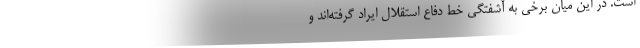
است. در این میان برخی به آشفتگی خط دفاع استقلال ایراد گرفته‌اند و